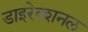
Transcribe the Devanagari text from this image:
डाइरेक्शनल